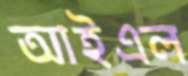
আইএল